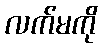
လက်မကို